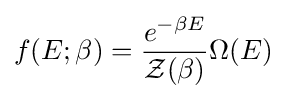
f(E;\beta )={\frac {e^{-\beta E}}{{\mathcal {Z}}(\beta )}}\Omega (E)